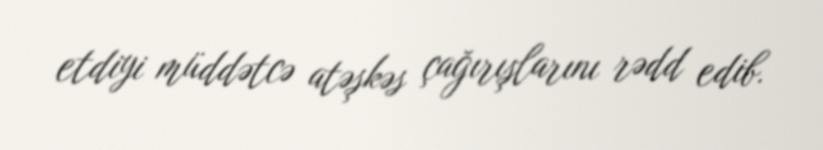
etdiyi müddətcə atəşkəs çağırışlarını rədd edib.